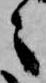
々